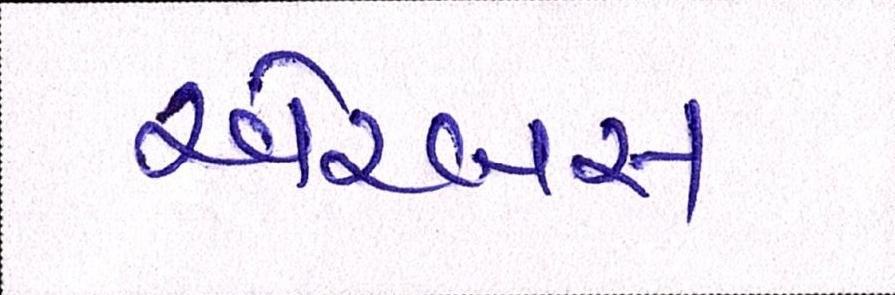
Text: એરબસ